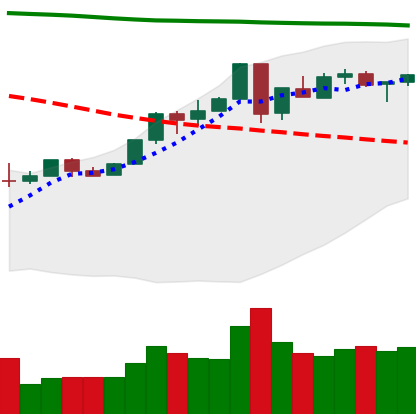
Ticker: ETH-USD
Chart end date: 2018-05-02
Forward return: 9.689%
Label: up_7plus